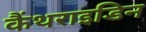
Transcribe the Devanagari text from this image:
कैंथराइडिन